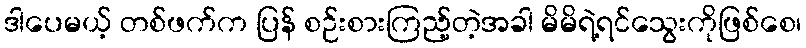
ဒါပေမယ့် တစ်ဖက်က ပြန် စဉ်းစားကြည့်တဲ့အခါ မိမိရဲ့ရင်သွေးကိုဖြစ်စေ၊